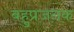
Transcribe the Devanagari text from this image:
बहुप्रजनक